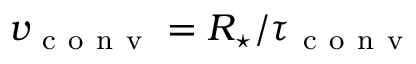
v _ { \mathrm { ~ c ~ o ~ n ~ v ~ } } = R _ { \star } / \tau _ { \mathrm { ~ c ~ o ~ n ~ v ~ } }